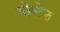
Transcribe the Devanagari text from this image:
पोलेन